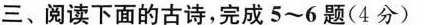
三、阅读下面的古诗，完成5~6题(4分)